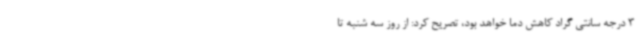
3 درجه سانتی گراد کاهش دما خواهد بود، تصریح کرد: از روز سه شنبه تا